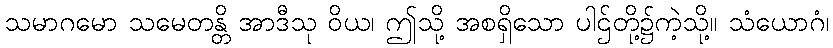
သမာဂမော သမေတန္တိ အာဒီသု ဝိယ၊ ဤသို့ အစရှိသော ပါဌ်တို့၌ကဲ့သို့။ သံယောဂံ၊